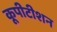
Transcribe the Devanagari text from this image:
कूपीटीशन